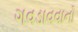
ગવડાવવાનો